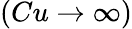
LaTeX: (Cu\to\infty)